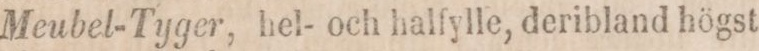
Meubel-Tyger, hel- och halfylle, deribland högst